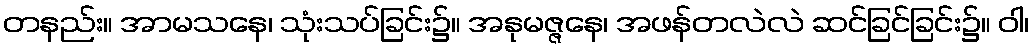
တနည်း။ အာမသနေ၊ သုံးသပ်ခြင်း၌။ အနုမဇ္ဇနေ၊ အဖန်တလဲလဲ ဆင်ခြင်ခြင်း၌။ ဝါ၊